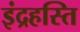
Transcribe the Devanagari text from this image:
इंद्रहस्ति